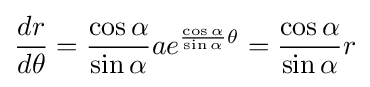
{\frac {dr}{d\theta }}={\frac {\cos \alpha }{\sin \alpha }}ae^{{\frac {\cos \alpha }{\sin \alpha }}\theta }={\frac {\cos \alpha }{\sin \alpha }}r